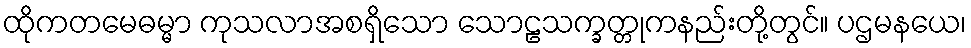
ထိုကတမေဓမ္မာ ကုသလာအစရှိသော သောဠသက္ခတ္တုကနည်းတို့တွင်။ ပဌမနယေ၊